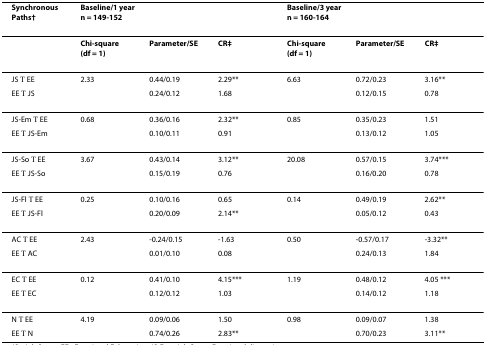
<table><thead><tr><td><b>Synchronous Paths†</b></td><td colspan="3"><b>Baseline/1 yearn = 149-152</b></td><td colspan="3"><b>Baseline/3 yearn = 160-164</b></td></tr></thead><tbody><tr><td></td><td><b>Chi-square (df = 1)</b></td><td><b>Parameter/SE</b></td><td><b>CR‡</b></td><td><b>Chi-square (df = 1)</b></td><td><b>Parameter/SE</b></td><td><b>CR‡</b></td></tr><tr><td>JS → EE</td><td>2.33</td><td>0.44/0.19</td><td>2.29**</td><td>6.63</td><td>0.72/0.23</td><td>3.16**</td></tr><tr><td>EE → JS</td><td></td><td>0.24/0.12</td><td>1.68</td><td></td><td>0.12/0.15</td><td>0.78</td></tr><tr><td>JS-Em → EE</td><td>0.68</td><td>0.36/0.16</td><td>2.32**</td><td>0.85</td><td>0.35/0.23</td><td>1.51</td></tr><tr><td>EE → JS-Em</td><td></td><td>0.10/0.11</td><td>0.91</td><td></td><td>0.13/0.12</td><td>1.05</td></tr><tr><td>JS-So → EE</td><td>3.67</td><td>0.43/0.14</td><td>3.12**</td><td>20.08</td><td>0.57/0.15</td><td>3.74***</td></tr><tr><td>EE → JS-So</td><td></td><td>0.15/0.19</td><td>0.76</td><td></td><td>0.16/0.20</td><td>0.78</td></tr><tr><td>JS-Fl → EE</td><td>0.25</td><td>0.10/0.16</td><td>0.65</td><td>0.14</td><td>0.49/0.19</td><td>2.62**</td></tr><tr><td>EE → JS-Fl</td><td></td><td>0.20/0.09</td><td>2.14**</td><td></td><td>0.05/0.12</td><td>0.43</td></tr><tr><td>AC → EE</td><td>2.43</td><td>-0.24/0.15</td><td>-1.63</td><td>0.50</td><td>-0.57/0.17</td><td>-3.32**</td></tr><tr><td>EE → AC</td><td></td><td>0.01/0.10</td><td>0.08</td><td></td><td>0.24/0.13</td><td>1.84</td></tr><tr><td>EC → EE</td><td>0.12</td><td>0.41/0.10</td><td>4.15***</td><td>1.19</td><td>0.48/0.12</td><td>4.05 ***</td></tr><tr><td>EE → EC</td><td></td><td>0.12/0.12</td><td>1.03</td><td></td><td>0.14/0.12</td><td>1.18</td></tr><tr><td>N → EE</td><td>4.19</td><td>0.09/0.06</td><td>1.50</td><td>0.98</td><td>0.09/0.07</td><td>1.38</td></tr><tr><td>EE → N</td><td></td><td>0.74/0.26</td><td>2.83**</td><td></td><td>0.70/0.23</td><td>3.11**</td></tr></tbody></table>